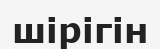
шірігін